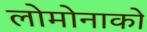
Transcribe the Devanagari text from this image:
लोमोनाको